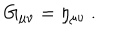
LaTeX: G _ { \mu \nu } = \eta _ { \mu \nu } \ .